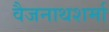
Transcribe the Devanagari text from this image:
वैजनाथशर्मा